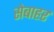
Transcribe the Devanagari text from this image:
सेबाहर